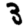
Digit: 3